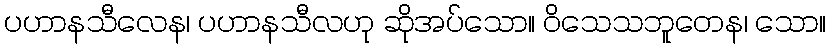
ပဟာနသီလေန၊ ပဟာနသီလဟု ဆိုအပ်သော။ ဝိသေသဘူတေန၊ သော။